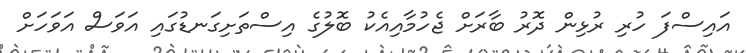
އައިސްފަ ހުރި ރުޅިން ދޮރު ބާރަށް ޖެހުމާއިއެކު ބޮލުގެ އިސްތަށިގަނޑުގައި އަވަސް އަވަހަށް